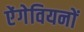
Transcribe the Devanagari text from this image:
ऐंगेवियनों